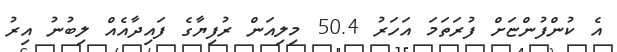
އެ ކުންފުންޏަށް ފުރަތަމަ އަހަރު 50.4 މިލިއަން ރުފިޔާގެ ފައިދާއެއް ލިބުނު އިރު